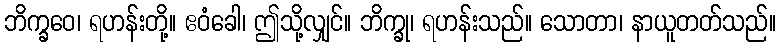
ဘိက္ခဝေ၊ ရဟန်းတို့။ ဧဝံခေါ၊ ဤသို့လျှင်။ ဘိက္ခု၊ ရဟန်းသည်။ သောတာ၊ နာယူတတ်သည်။